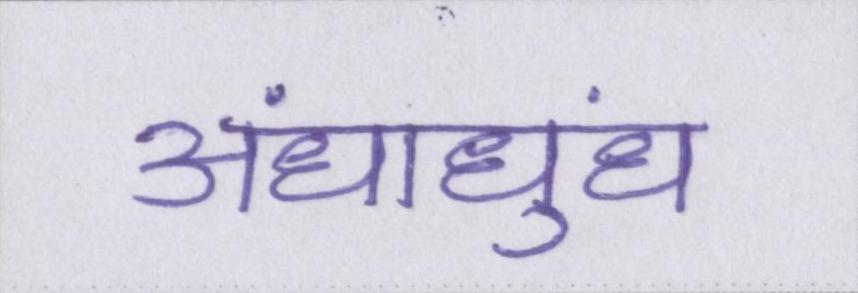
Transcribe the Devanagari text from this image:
अंधाधुंध